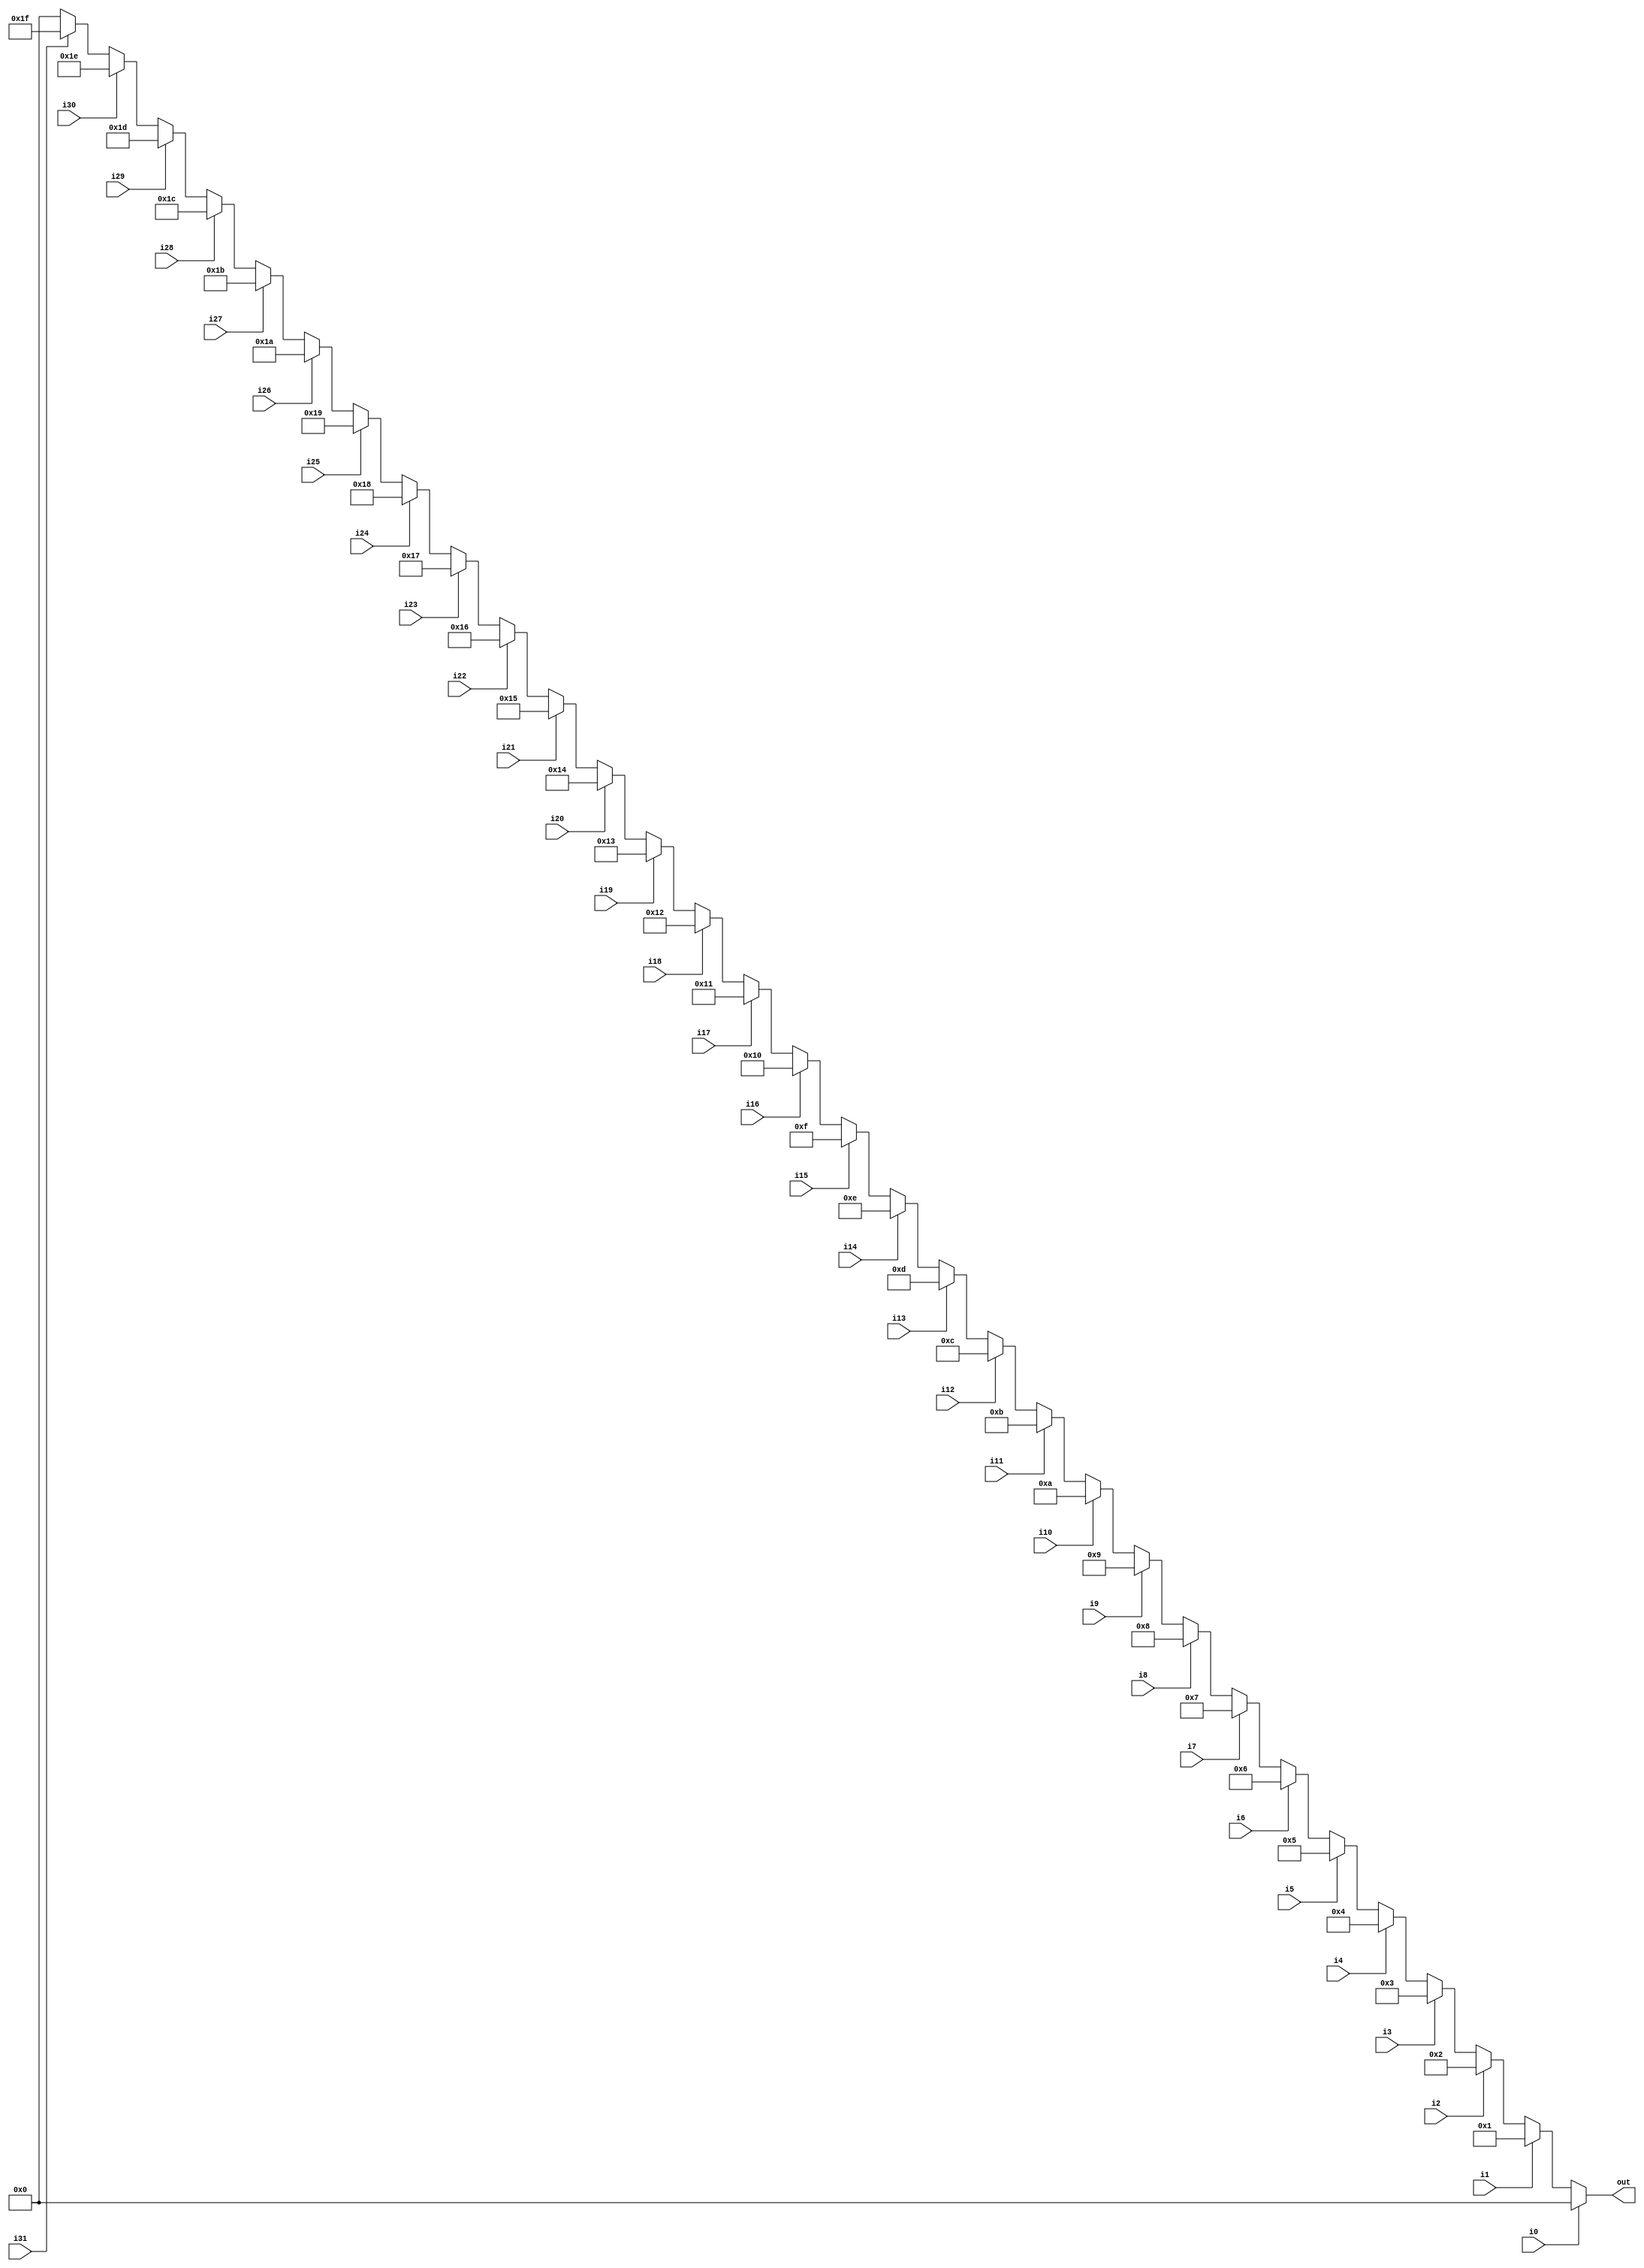
module Encoder32to5 (input i0, i1, i2, i3, i4, i5, i6, i7, i8, i9, i10, i11, i12, i13, i14, i15, i16, i17, i18, i19, i20, i21, i22, i23, i24, i25, i26, i27, i28, i29, i30, i31, output [4:0] out);

   reg [4:0] Enc_out = 5'b00000;

   always @(*) begin
		if (i0 == 1)
			Enc_out = 0;
		else if (i1 == 1)
			Enc_out = 1;
		else if (i2 == 1)
			Enc_out = 2;
		else if (i3 == 1)
			Enc_out = 3;
		else if (i4 == 1)
			Enc_out = 4;
		else if (i5 == 1)
			Enc_out = 5;
		else if (i6 == 1)
			Enc_out = 6;
		else if (i7 == 1)
			Enc_out = 7;
		else if (i8 == 1)
			Enc_out = 8;
		else if (i9 == 1)
			Enc_out = 9;
		else if (i10 == 1)
			Enc_out = 10;
		else if (i11 == 1)
			Enc_out = 11;
		else if (i12 == 1)
			Enc_out = 12;
		else if (i13 == 1)
			Enc_out = 13;
		else if (i14 == 1)
			Enc_out = 14;
		else if (i15 == 1)
			Enc_out = 15;
		else if (i16 == 1)
			Enc_out = 16;
		else if (i17 == 1)
			Enc_out = 17;
		else if (i18 == 1)
			Enc_out = 18;
		else if (i19 == 1)
			Enc_out = 19;
		else if (i20 == 1)	
			Enc_out = 20;
		else if (i21 == 1)
			Enc_out = 21;
		else if (i22 == 1)
			Enc_out = 22;
		else if (i23 == 1)
			Enc_out = 23;
		else if (i24 == 1)
			Enc_out = 24;
		else if (i25 == 1)
			Enc_out = 25;
		else if (i26 == 1)
			Enc_out = 26;
		else if (i27 == 1)
			Enc_out = 27;
		else if (i28 == 1)
			Enc_out = 28;
		else if (i29 == 1)
			Enc_out = 29;
		else if (i30 == 1)
			Enc_out = 30;
		else if (i31 == 1)
			Enc_out = 31;
		else
			Enc_out = 0;
	
     end
   
   
   assign out = Enc_out;
   
   
endmodule